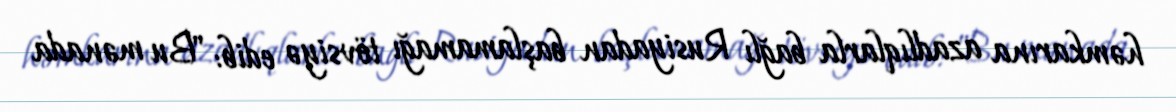
həmkarına azadlıqlarla bağlı Rusiyadan başlamamağı tövsiyə edib: "Bu mənada